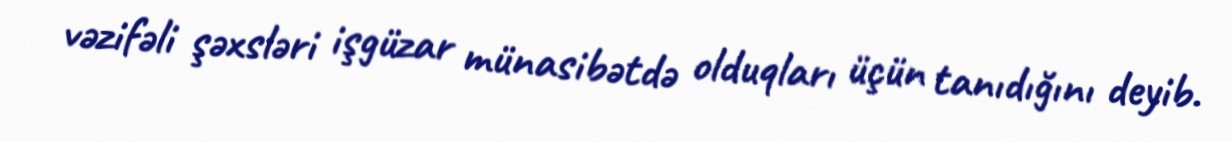
vəzifəli şəxsləri işgüzar münasibətdə olduqları üçün tanıdığını deyib.